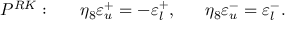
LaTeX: P ^ { R K } : \ \ \ \ \ \eta _ { 8 } \varepsilon _ { u } ^ { + } = - \varepsilon _ { l } ^ { + } , \ \ \ \ \ \eta _ { 8 } \varepsilon _ { u } ^ { - } = \varepsilon _ { l } ^ { - } .